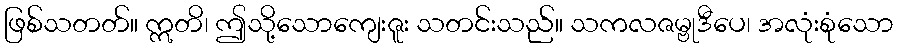
ဖြစ်သတတ်။ ဣတိ၊ ဤသို့သောကျေးဇူး သတင်းသည်။ သကလဇမ္ဗုဒီပေ၊ အလုံးစုံသော